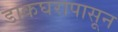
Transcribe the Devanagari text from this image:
डाकघरापासून